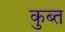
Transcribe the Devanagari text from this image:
कुब्त